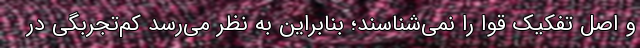
و اصل تفکیک قوا را نمی‌شناسند؛ بنابراین به نظر می‌رسد کم‌تجربگی در